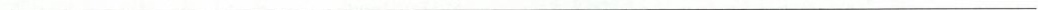
___